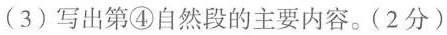
(3)写出第④自然段的主要内容。(2分)